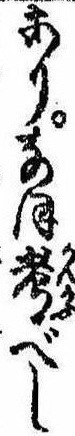
ありなほ考べし